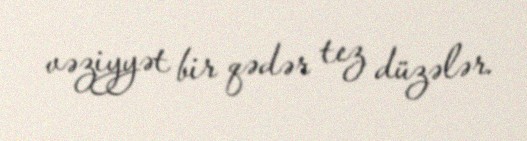
vəziyyət bir qədər tez düzələr.